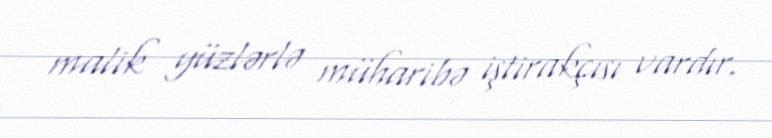
malik yüzlərlə müharibə iştirakçısı vardır.